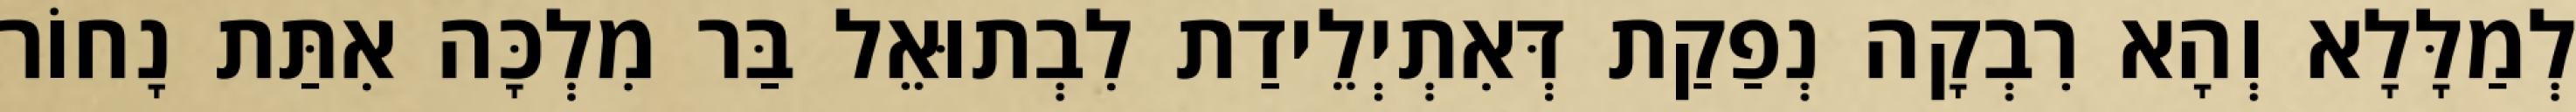
לְמַלָּלָא וְהָא רִבְקָה נְפַקַת דְּאִתְיְלֵידַת לִבְתוּאֵל בַּר מִלְכָּה אִתַּת נָחוֹר